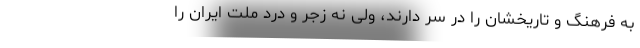
به فرهنگ و تاریخشان را در سر دارند، ولی نه زجر و درد ملت ایران را